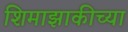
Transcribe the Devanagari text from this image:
शिमाझाकीच्या